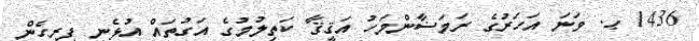
1436 ޙ. ވަނަ އަހަރުގެ ރަމަޟާންމަހު އަޤީޤާ ކަތިލުމުގެ އަގުތައް އުޅެނީ ފިރިހެން